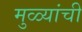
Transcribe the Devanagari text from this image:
मुळ्यांची